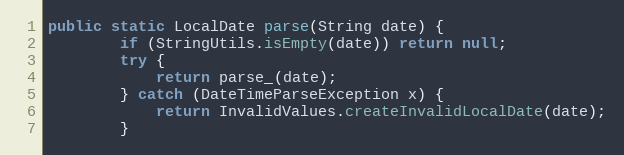
Language: Java
public static LocalDate parse(String date) {
		if (StringUtils.isEmpty(date)) return null;
		try {
			return parse_(date);
		} catch (DateTimeParseException x) {
			return InvalidValues.createInvalidLocalDate(date);
		}